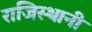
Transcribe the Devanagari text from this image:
राजिस्थानी